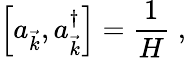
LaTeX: \left[a_{\vec{k}},a_{\vec{k}}^{\dagger}\right]={\frac{1}{H}}\; ,